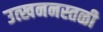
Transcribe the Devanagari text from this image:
उत्खननस्तळी